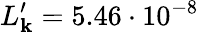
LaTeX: L_{\mathbf{k}}^{\prime}=5.46\cdot10^{-8}